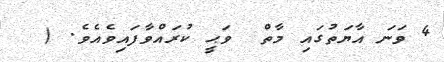
4 ވަނަ އާޔަތުގައި މާތް  ވަޙީ ކުރައްވާފައިވެއެވެ. (